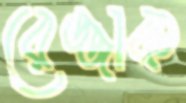
রেজ্জাক